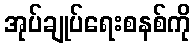
အုပ်ချုပ်ရေးစနစ်ကို